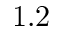
1 . 2